Observations on rabies - Number 36
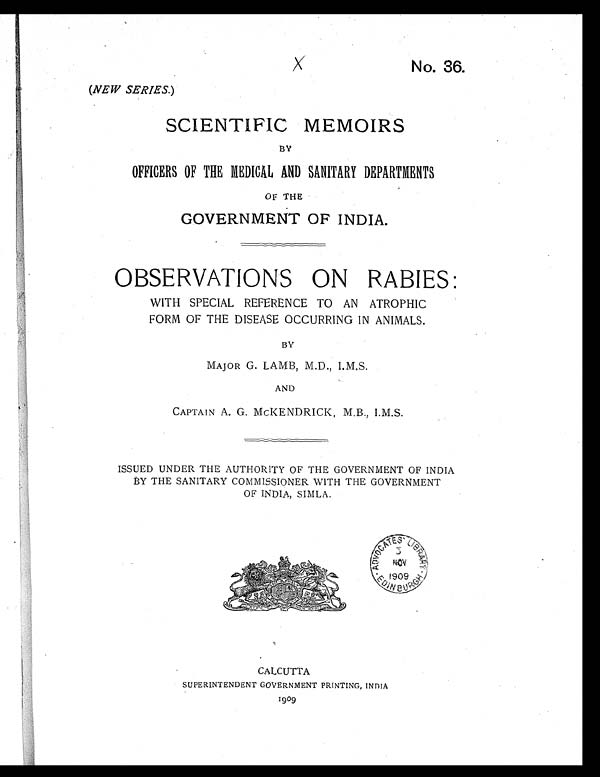
x
No. 36.
(NEW SERIES.)
SCIENTIFIC MEMOIRS
BY
OFFICERS OF THE MEDICAL AND SANITARY DEPARTMENTS
OF THE
GOVERNMENT OF INDIA.
OBSERVATIONS ON RABIES:
WITH SPECIAL REFERENCE TO AN ATROPHIC
FORM OF THE DISEASE OCCURRING IN ANIMALS.
BY
MAJOR G. LAMB, M.D., I.M.S.
AND
CAPTAIN A. G. MCKENDRICK, M.B., I.M.S.
ISSUED UNDER THE AUTHORITY OF THE GOVERNMENT OF INDIA
BY THE SANITARY COMMISSIONER WITH THE GOVERNMENT
OF INDIA, SIMLA.
CALCUTTA
SUPERINTENDENT GOVERNMENT PRINTING, INDIA
1909